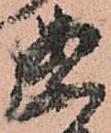
案